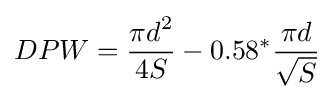
DPW={\frac {\displaystyle \pi d^{2}}{4S}}-0.58^{*}{\frac {\displaystyle \pi d}{\sqrt {S}}}